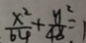
\frac { x ^ { 2 } } { 6 4 } + \frac { y ^ { 2 } } { 4 8 } = 1